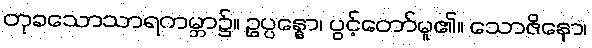
တုခသောသာရကမ္ဘာ၌။ ဥပ္ပန္နော၊ ပွင့်တော်မူ၏။ သောဇိနော၊